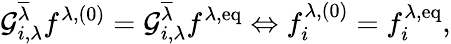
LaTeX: \mathcal{G}_{i,\lambda}^{\overline{{\lambda}}}f^{\lambda,(0)}=\mathcal{G}_{i,\lambda}^{\overline{{\lambda}}}f^{\lambda,\mathrm{eq}}\Leftrightarrow f_{i}^{\lambda,(0)}=f_{i}^{\lambda,\mathrm{eq}},